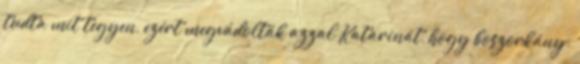
tudta mit tegyen, ezért megvádolták azzal Katarinát, hogy boszorkány.